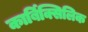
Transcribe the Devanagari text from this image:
कार्बिक्सिलिक